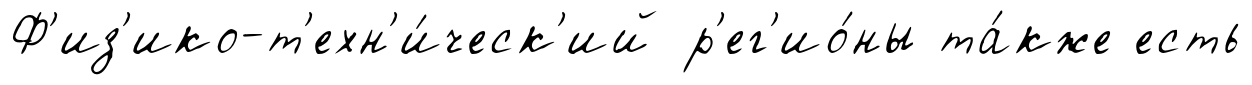
Ф'из'ико-т'ехн'и́ческ'ий р'ег'ио́ны та́кже есть